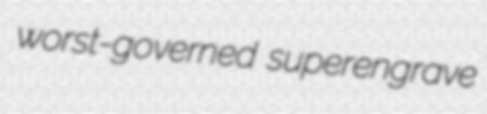
worst-governed superengrave